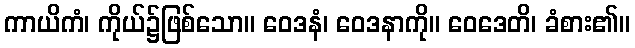
ကာယိကံ၊ ကိုယ်၌ဖြစ်သော။ ဝေဒနံ၊ ဝေဒနာကို။ ဝေဒေတိ၊ ခံစား၏။